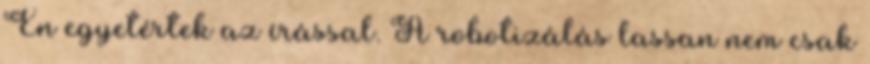
Én egyetértek az írással. A robotizálás lassan nem csak